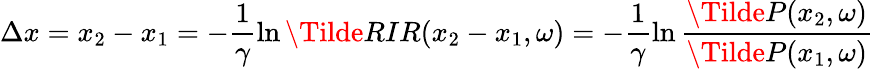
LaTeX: \Delta x=x_{2}-x_{1}=-\frac{1}{\gamma}\ln\Tilde{RIR}(x_{2}-x_{1},\omega)=-\frac{1}{\gamma}\ln\frac{\Tilde{P}(x_{2},\omega)}{\Tilde{P}(x_{1},\omega)}